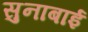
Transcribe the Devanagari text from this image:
सुनाबाई